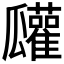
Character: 𤬠